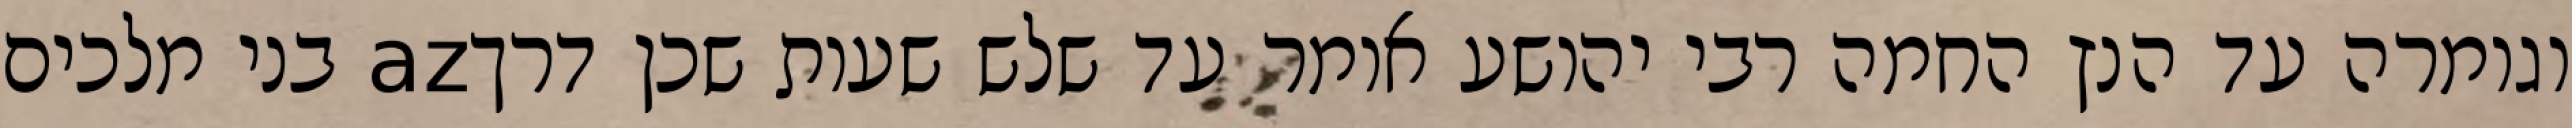
וגומרה עד הנץ החמה רבי יהושע אומר עד שלש שעות שכן דרךaz בני מלכים